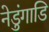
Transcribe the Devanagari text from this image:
नेडुंगाडि